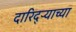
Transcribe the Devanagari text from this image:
दारिद्ऱ्याच्या